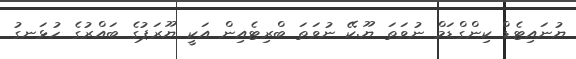
ޔުނައިޓެޑް ކިންގްޑަމް ނުވަތަ ޔޫ.ކޭ ނުވަތަ ބްރިޓެއިން އަކީ ޔޫރަޕުގެ ބައްރުގެ ހުޅަނގު